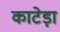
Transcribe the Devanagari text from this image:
काटेड़ा